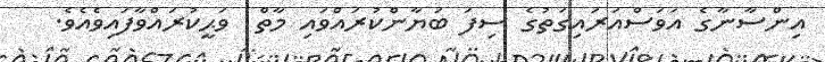
އިންސާނާގެ އަވަސްއަރައިގަތުގެ ސިފަ ބަޔާންކުރައްވައި މާތް  ވަޙީކުރައްވާފައިވެއެވެ.